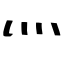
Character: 灬